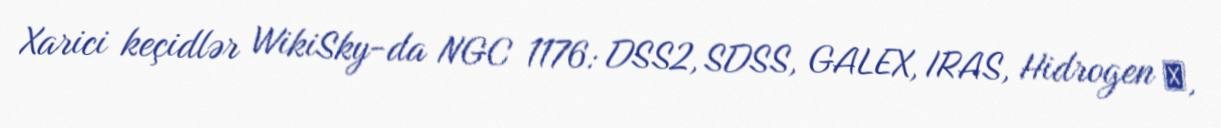
Xarici keçidlər WikiSky-da NGC 1176: DSS2, SDSS, GALEX, IRAS, Hidrogen α,